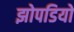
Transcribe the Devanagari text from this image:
झोपडियो